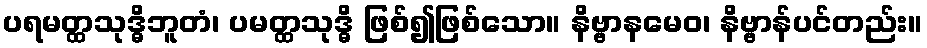
ပရမတ္ထသုဒ္ဓိဘူတံ၊ ပမတ္ထသုဒ္ဓိ ဖြစ်၍ဖြစ်သော။ နိဗ္ဗာနမေဝ၊ နိဗ္ဗာန်ပင်တည်း။